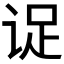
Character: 𬣹